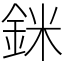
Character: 銤